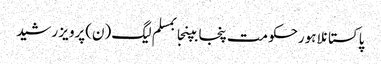
پاکستانلاہورحکومت پنجابپنجابمسلم لیگ (ن)پرویز رشید